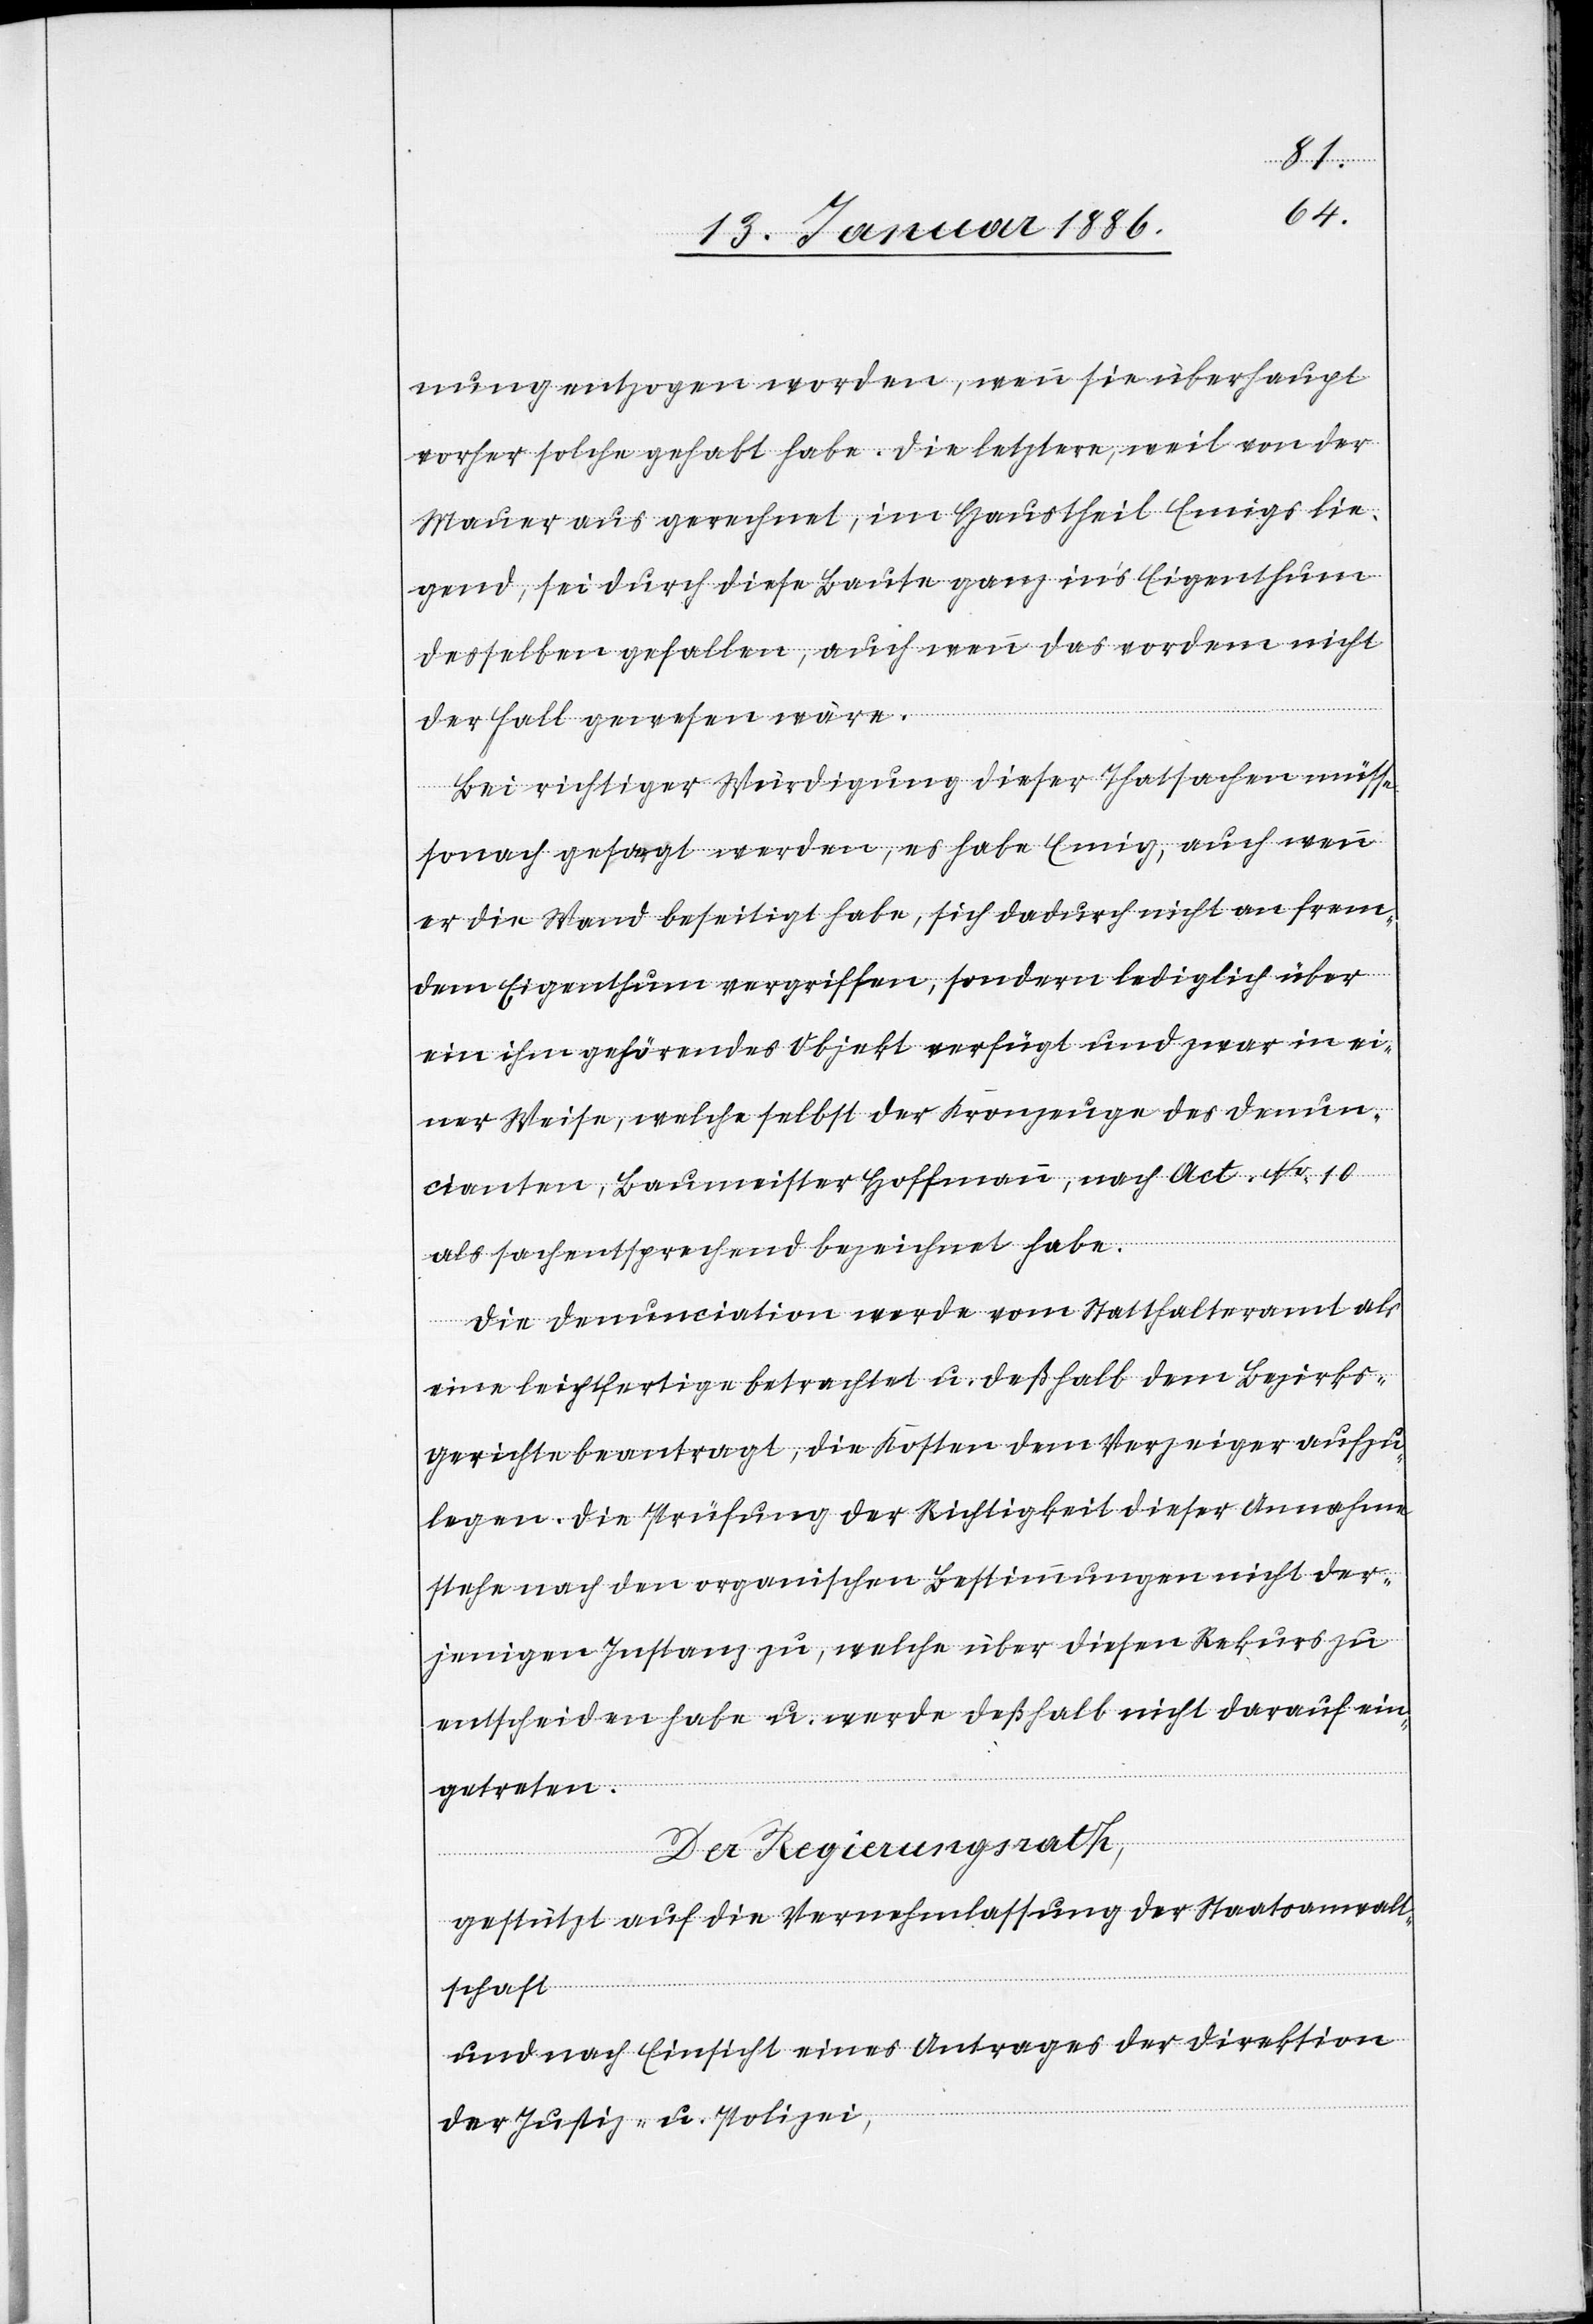
nung entzogen worden, wenn sie überhaupt
vorher solche gehabt habe. Die letztere, weil von der
Mauer aus gerechnet, im Haustheil Emigs lie¬
gend, sei durch diese Baute ganz in’s Eigenthum
desselben gefallen, auch wenn das vor dem nicht
der Fall gewesen wäre.
Bei richtiger Würdigung dieser Thatsachen müsse
sonach gesagt werden, es habe Emig, auch wenn
er die Wand beseitigt habe, sich dadurch nicht an frem¬
den Eigenthum vergriffen, sondern lediglich über
ein ihm gehörendes Objekt verfügt und zwar in ei¬
ner Weise, welche selbst der Kronzeuge des Denun¬
cianten, Baumeister Hoffmann, nach Act. No. 10
als sachentsprechend bezeichnet habe.
Die Denunciation werde vom Statthalteramt als
eine leichtfertige betrachtet u. deßhalb dem Bezirks¬
gericht beantragt, die Kosten dem Verzeiger aufzu¬
legen. Die Prüfung der Richtigkeit dieser Annahmen
stehe nach den organischen Bestimmungen nicht der¬
jenigen Instanz zu, welche über diesen Rekurs zu
entscheiden habe u. werde deßhalb nicht darauf ein¬
getreten.
Der Regierungsrath,
gestützt auf die Vernehmlassung der Staatsanwalt¬
schaft
und nach Einsicht eines Antrages der Direktion
der Justiz- u. Polizei,